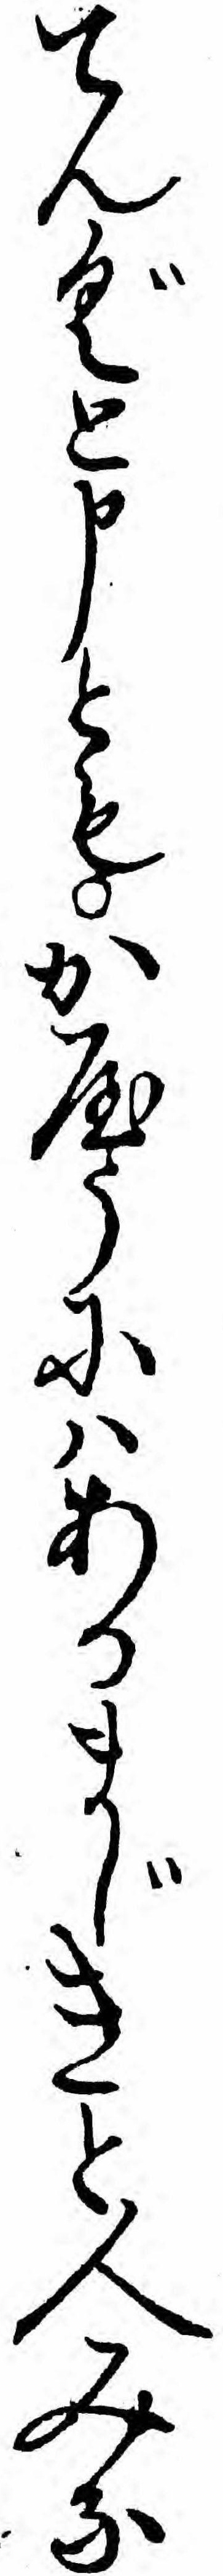
てんぐと申ともかやうにハあるまじきと人みな